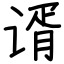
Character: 谞